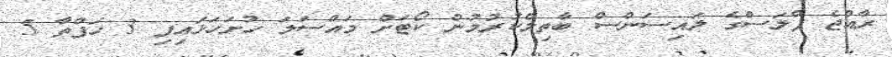
ރާއްޖެ ޕްލަސްގެ ލައިސަންސް ބާތިލްކުރުމުން ކޯޓަށް މައްސަލަ ހުށަހަޅައިފި 3 ހަފްތާ 5